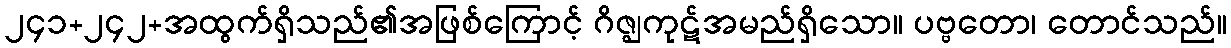
၂၄၁+၂၄၂+အထွက်ရှိသည်၏အဖြစ်ကြောင့် ဂိဇ္ဈကုဋ်အမည်ရှိသော။ ပဗ္ဗတော၊ တောင်သည်။